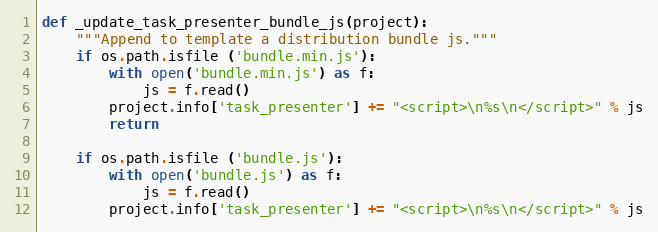
Language: Python
def _update_task_presenter_bundle_js(project):
    """Append to template a distribution bundle js."""
    if os.path.isfile ('bundle.min.js'):
        with open('bundle.min.js') as f:
            js = f.read()
        project.info['task_presenter'] += "<script>\n%s\n</script>" % js
        return

    if os.path.isfile ('bundle.js'):
        with open('bundle.js') as f:
            js = f.read()
        project.info['task_presenter'] += "<script>\n%s\n</script>" % js